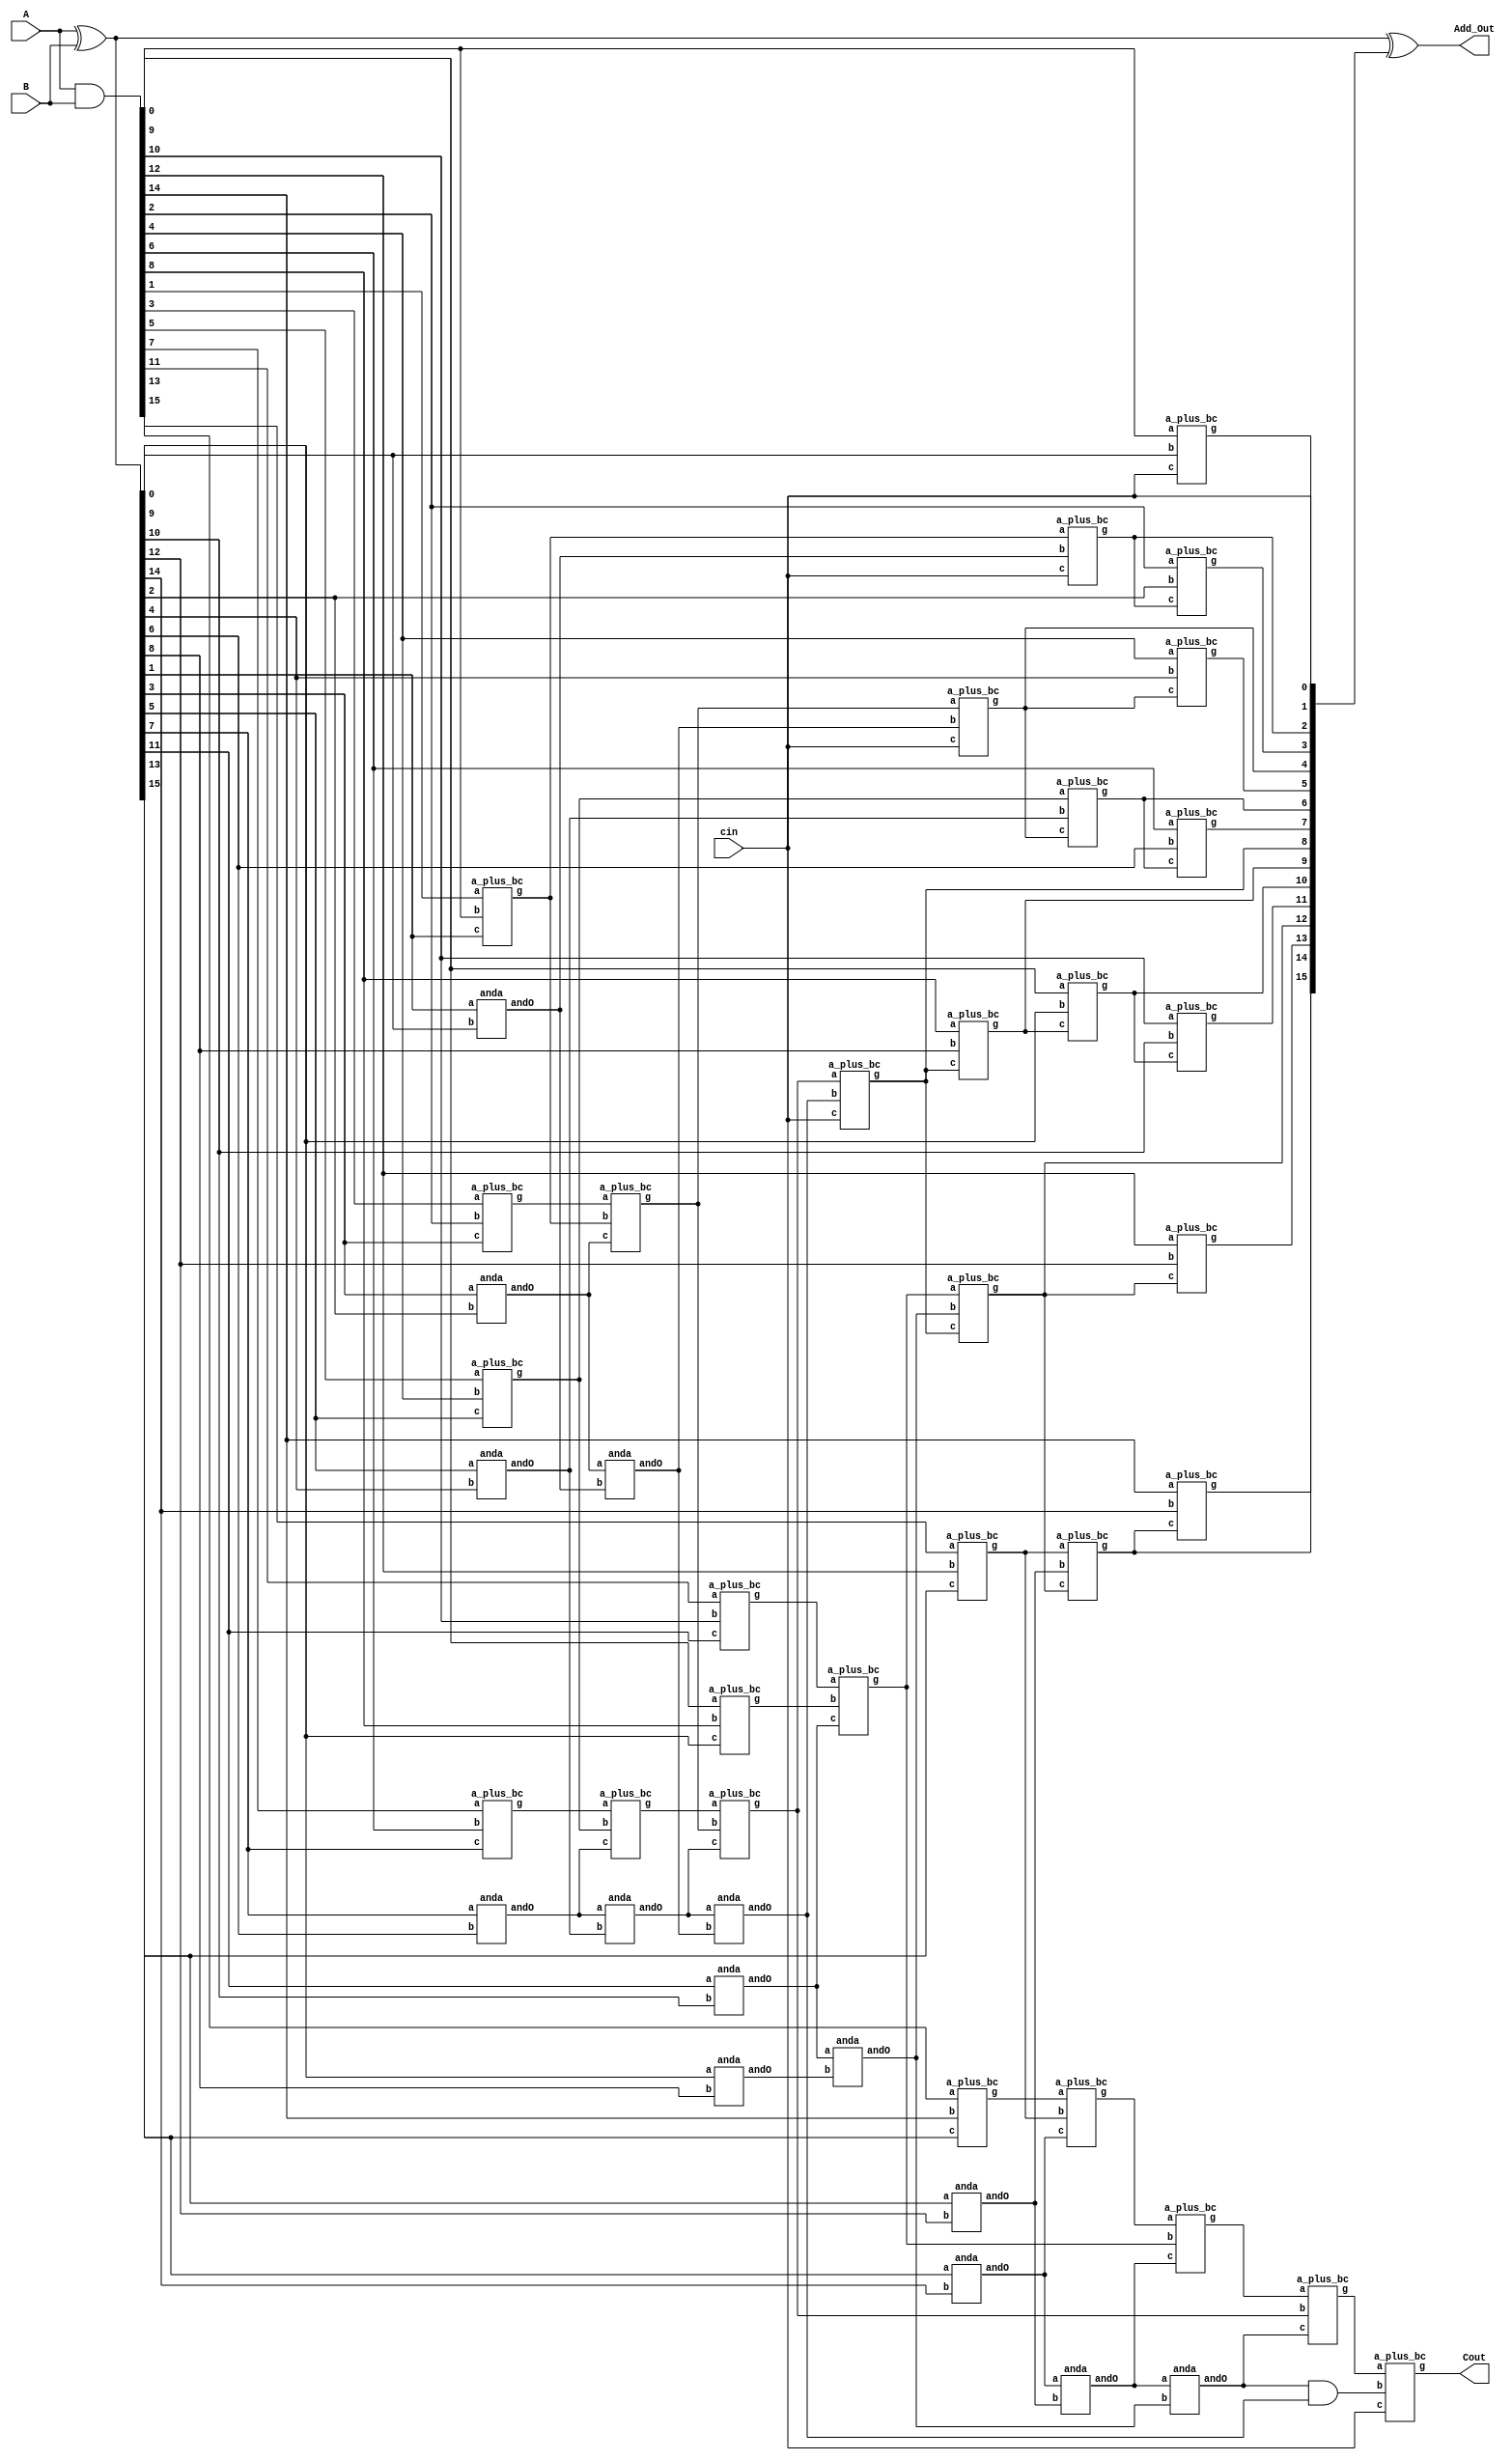
module brent_kung(
	input [15:0] A,B,
	input cin,
	output [15:0] Add_Out,
	output Cout
);

	/*
		*************************************************************
		****************this is for 8bit adder***********************
		*************************************************************
		pigi	pigi	pigi 	pigi	pigi	pigi	pigi	pigi

		    pigi2	    pigi2	    pigi2	   pigi2

			     pigi3	     		    pigi3

				    	   pigi4


	*/


	wire [15:0]p0i,g0i;
	wire [7:0] p1i,g1i;
	wire [3:0] p2i,g2i;
	wire [1:0] p3i,g3i;
	wire 	   p4i,g4i;

	assign p0i = A ^ B;
	assign g0i = A & B;


	// level 1
	genvar i;
	generate
	for(i = 0; i < 8; i = i+1)
		begin : lev1 
			a_plus_bc l1 (g0i[2*i+1],g0i[2*i],p0i[2*i+1],g1i[i]);
			anda l1a (p1i[i],p0i[2*i+1],p0i[2*i]);
		end
	endgenerate
	
	// level 2
	genvar j;
	generate
	for(j = 0; j < 4; j = j+1)
		begin : lev2
			a_plus_bc l2 (g1i[2*j+1],g1i[2*j],p1i[2*j+1],g2i[j]);
			anda l2a (p2i[j],p1i[2*j+1],p1i[2*j]);
		end
	endgenerate
	
	// level 3
	genvar k;
	generate
	for(k = 0; k < 2; k = k+1)
		begin : lev3
			a_plus_bc l3 (g2i[2*k+1],g2i[2*k],p2i[2*k+1],g3i[k]);
			anda l3a (p3i[k],p2i[2*k+1],p2i[2*k]);
		end
	endgenerate
		
	a_plus_bc l4 (g3i[1],g3i[0],p3i[1],g4i);
	and l4a (p4i,p3i[1],p3i[0]);


	wire [16:1] carry;
	// Iter 0	
			   // can we make this '0' as carryin from ports?
	a_plus_bc carry16( g4i , p4i  ,cin,carry[16]);
	a_plus_bc carry8 (g3i[0],p3i[0],cin,carry[8]);
	a_plus_bc carry4 (g2i[0],p2i[0],cin,carry[4]);
	a_plus_bc carry2 (g1i[0],p1i[0],cin,carry[2]);
	a_plus_bc carry1 (g0i[0],p0i[0],cin,carry[1]);

	// Iter 1
	a_plus_bc carry3 (g0i[2],p0i[2],carry[2],carry[3]);
	a_plus_bc carry5 (g0i[4],p0i[4],carry[4],carry[5]);
	a_plus_bc carry6 (g1i[2],p1i[2],carry[4],carry[6]);
	a_plus_bc carry9 (g0i[8],p0i[8],carry[8],carry[9]);
		//a_plus_bc carry12 (g2i[1],p2i[1],carry[8],carry[12]);
		a_plus_bc carry12 (g2i[2],p2i[2],carry[8],carry[12]);
	
	// Iter 2
	a_plus_bc carry7 (g0i[6],p0i[6],carry[6],carry[7]);
	a_plus_bc carry10 (g0i[9],p0i[9],carry[9],carry[10]);
	a_plus_bc carry13 (g0i[12],p0i[12],carry[12],carry[13]);
	a_plus_bc carry14 (g1i[6],p1i[6],carry[12],carry[14]);
	
	// Iter 3
	a_plus_bc carry11 (g0i[10],p0i[10],carry[10],carry[11]);
	a_plus_bc carry15 (g0i[14],p0i[14],carry[14],carry[15]);

	assign Add_Out = p0i ^ {carry[15:1] , cin}; 
	assign Cout = carry[16];


endmodule

module anda (
	output andO,
	input a,b
	);
	
	assign andO = a & b;

endmodule


module a_plus_bc (
	input a,b,c,
	output g
	);

	assign g = a | (b&c);

endmodule